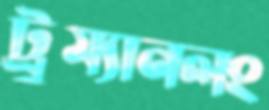
ট্রুম্যানলং